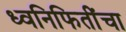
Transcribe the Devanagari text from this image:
ध्वनिफितींचा